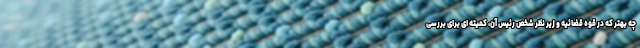
چه بهتر که در قوه قضائیه و زیر نظر شخص رئیس آن، کمیته ای برای بررسی